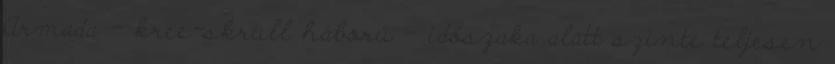
Armada – kree-skrull háború – időszaka alatt szinte teljesen